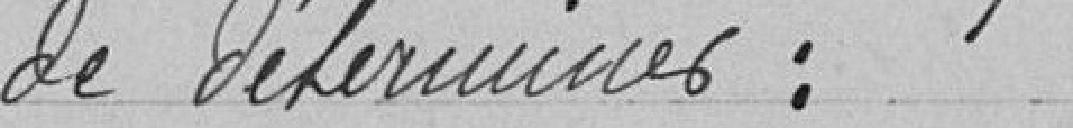
de déterminer: